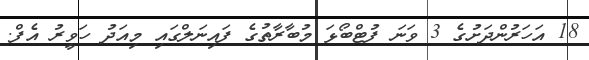
18 އަހަރުންދަށުގެ 3 ވަނަ ފުޓްބޯޅަ މުބާރާތުގެ ފައިނަލްގައި މިއަދު ހަވީރު އެފް.